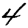
Digit: 4